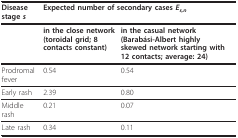
<table><thead><tr><td><b>Disease stage <i>s</i></b></td><td colspan="2"><b>Expected number of secondary cases <i>E<sub>s,n</sub></i></b></td></tr></thead><tbody><tr><td></td><td><b>in the close network</b><b>(toroidal grid; 8 contacts constant)</b></td><td><b>in the casual network</b><b>(Barabási-Albert highly skewed network starting with 12 contacts; average: 24)</b></td></tr><tr><td>Prodromal fever</td><td>0.54</td><td>0.54</td></tr><tr><td>Early rash</td><td>2.39</td><td>0.80</td></tr><tr><td>Middle rash</td><td>0.21</td><td>0.07</td></tr><tr><td>Late rash</td><td>0.34</td><td>0.11</td></tr></tbody></table>